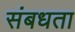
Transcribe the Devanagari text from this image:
संबधता